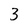
Character: 3